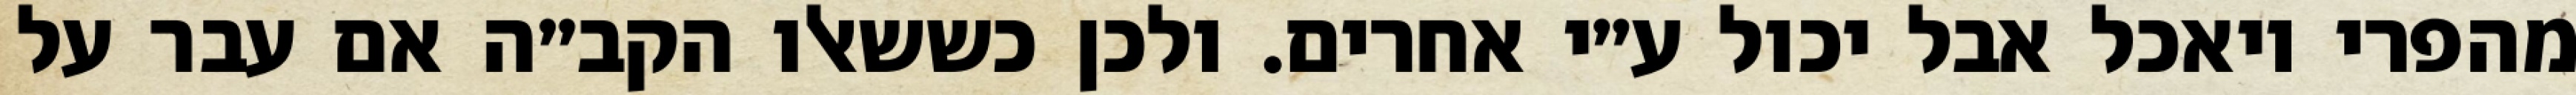
מהפרי ויאכל אבל יכול ע״י אחרים. ולכן כששאלו הקב״ה אם עבר על